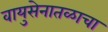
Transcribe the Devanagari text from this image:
वायुसेनातळाचा